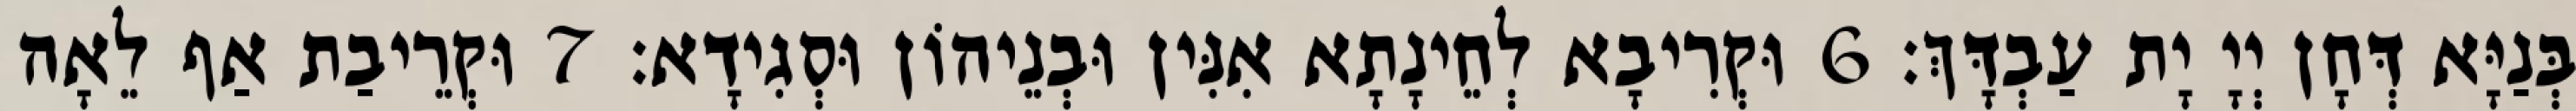
בְּנַיָּא דְּחָן יְיָ יָת עַבְדָּךְ׃ 6 וּקְרִיבָא לְחֵינָתָא אִנִּין וּבְנֵיהוֹן וּסְגִידָא׃ 7 וּקְרֵיבַת אַף לֵאָה